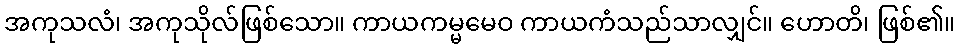
အကုသလံ၊ အကုသိုလ်ဖြစ်သော။ ကာယကမ္မမေဝ ကာယကံသည်သာလျှင်။ ဟောတိ၊ ဖြစ်၏။